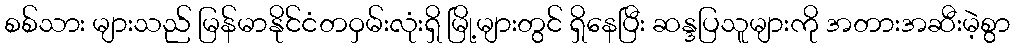
စစ်သား များသည် မြန်မာနိုင်ငံတဝှမ်းလုံးရှိ မြို့များတွင် ရှိနေပြီး ဆန္ဒပြသူများကို အတားအဆီးမဲ့စွာ